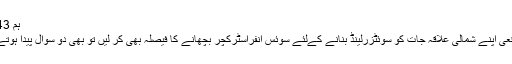
ہم 43سال میں لواری ٹنل مکمل نہیں کرسکے‘
آج بھی وہاں کام جاری ہے اور ہم اگر واقعی اپنے شمالی علاقہ جات کو سوئٹزرلینڈ بنانے کےلئے سوئس انفراسٹرکچر بچھانے کا فیصلہ بھی کر لیں تو بھی دو سوال پیدا ہوتے ہیں‘اس کےلئے رقم کہاں سے آئے گی؟